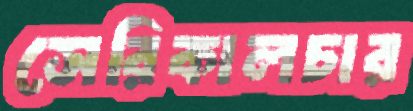
সেরিকালচার